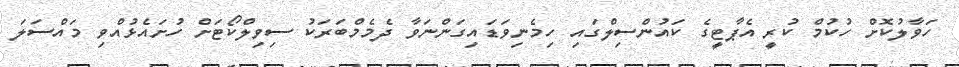
ހަވާލުކޮށް ހުކުމް ކުރީ އެޕާޓީގެ ކައުންސިލްގައި ހިމެނިވަޑައިގަންނަވާ ދެމެމްބަރަކު ސިވިލްކޯޓަށް ހުށައެޅުއްވި މައްސަލަ